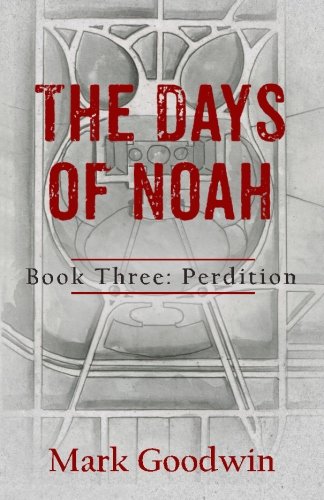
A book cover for The Days of Noah, Book Three: Perdition (Volume 3); Mark Goodwin; Literature & Fiction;